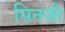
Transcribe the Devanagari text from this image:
सिनजी